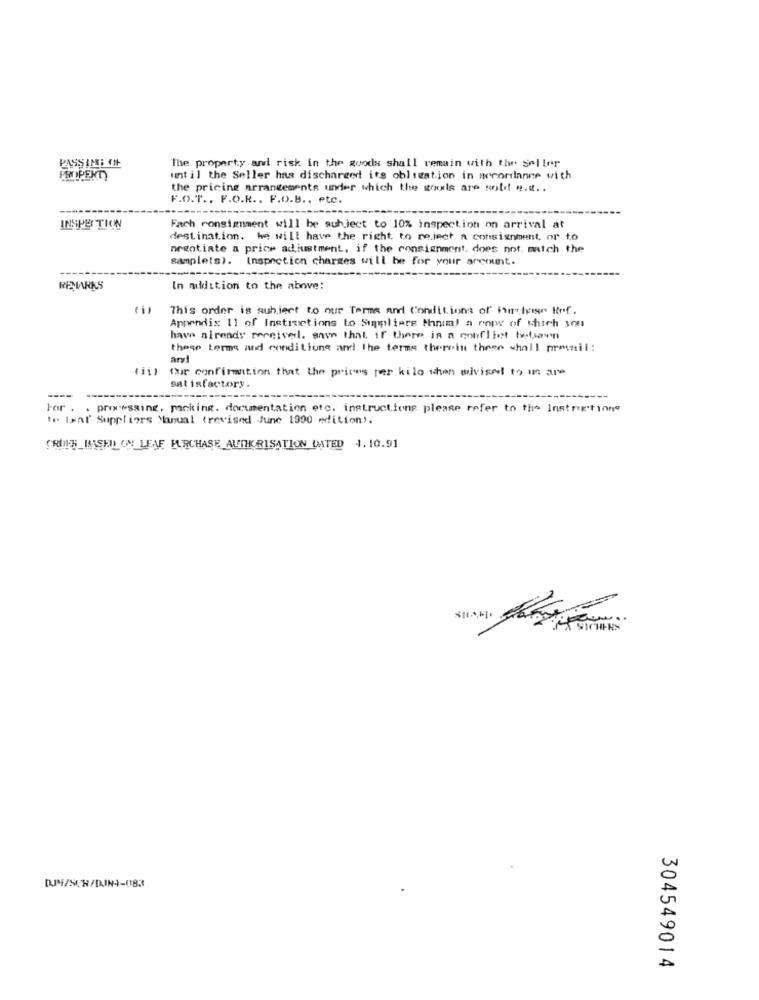
PASSINI OL
The property and risk in the goods shall remain with the seller
PROPERTY
until the Seller has discharged its obligation in accordance with
the pricing arrangements under which the goods are sold e ...
F.O.T ., F.O.R .. F.O.B .. etc.
INSPECTION
Fach consignment will be subject to 10% inspection on arrival at
destination. he will have the right to no.ject a consignment, or to
negotiate a price adjustment, if the consignment. does not, match the
samplets). Inspretien charges will be for your account.
------
REMARKS
In addition to the above:
This order is subject to our Terms and Conditions of Kirche Ref.
Appendix 11 of Instructions to Simpliere Manual a rope of which you
have already received. save that if there is a conflict bolsawn
these terms and conditions and the terms therein theee shall permail:
Our confirmation that the prices per kilo when advised to in are
satisfactory
----
----
For . . processing, packing. documentation etc. instructions please refer to the Instructions
te laat Suppliers Manual (revised June 1990 edition).
"ROPE_BASED ON LEAF FURCHASE AUTORISATION DATED 4.10.91
DJM/SCH/DIN4-01833
304549014